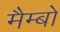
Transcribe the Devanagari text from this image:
मैम्बो